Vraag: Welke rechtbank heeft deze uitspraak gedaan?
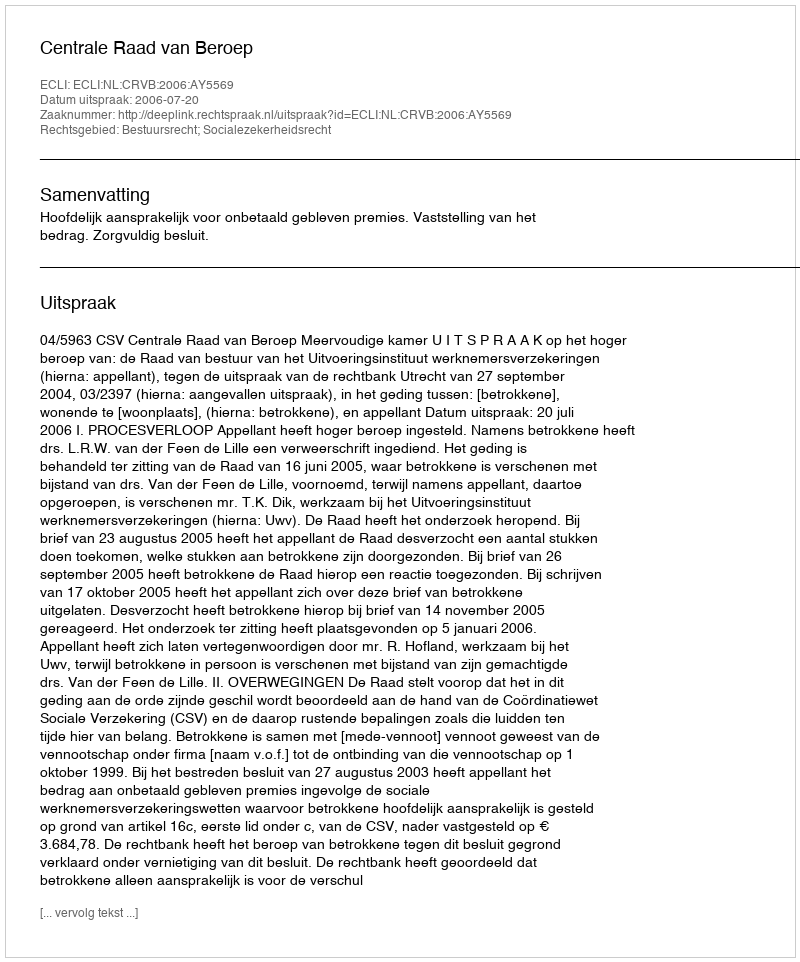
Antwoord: Centrale Raad van Beroep